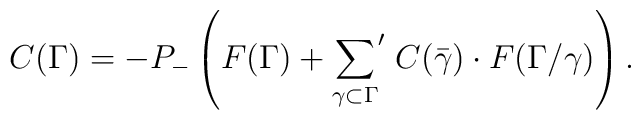
C(\Gamma)=-P_{-}\left(F(\Gamma)+{\sum_{\gamma\subset\Gamma}}'\;C(\bar{\gamma})\cdot F(\Gamma/\gamma)\right).